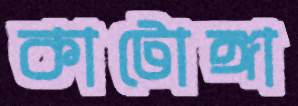
কাটোঙ্গা